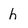
Character: h